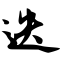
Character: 迭